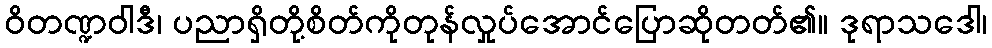
ဝိတဏ္ဍဝါဒီ၊ ပညာရှိတို့စိတ်ကိုတုန်လှုပ်အောင်ပြောဆိုတတ်၏။ ဒုရာသဒေါ၊